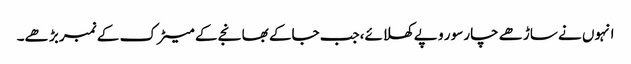
انہوں نے ساڑھے چارسو ر و پے کھلائے،جب جاکے بھانجے کے میٹرک کے نمبر بڑ ھے۔